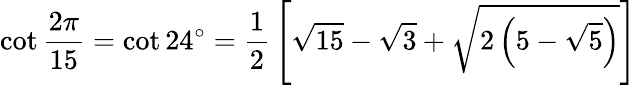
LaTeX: \cot{\frac{2\pi}{15}}=\cot 24^{\circ}={\frac{1}{2}}\left[{\sqrt{15}}-{\sqrt{3}}+{\sqrt{2\left(5-{\sqrt{5}}\right)}}\right]